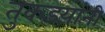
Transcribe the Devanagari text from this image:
तुकडय़ांनी